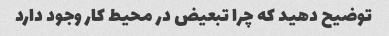
توضیح دهید که چرا تبعیض در محیط کار وجود دارد